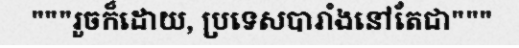
"""រួចក៏ដោយ, ប្រទេសបារាំងនៅតែជា"""